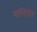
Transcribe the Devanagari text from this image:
मल्टिरोल